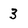
Character: 3